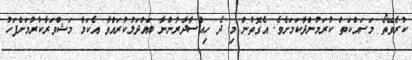
ކުރެވޭތޯ މަސައްކަތް ކުރަމުންދާކަމަށެވެ. އެގޮތުން މި ދެ ހިއްސާދާރުންނާ ބައްދަލުކުރައްވާ އެކަމާ މަޝްވަރާކުރުމަށްފަހު